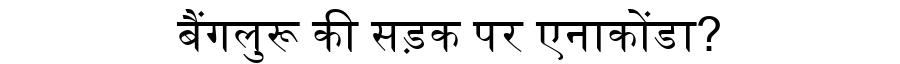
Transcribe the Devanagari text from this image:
बैंगलुरू की सड़क पर एनाकोंडा?